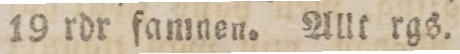
19 rdr famnen. Allt rgs.